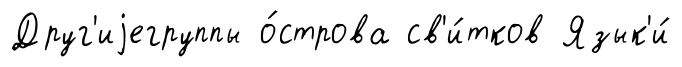
Друг'иjегруппы о́строва св'и́тков Язык'и́